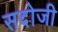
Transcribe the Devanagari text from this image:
सदोजी